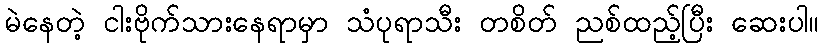
မဲနေတဲ့ ငါးဗိုက်သားနေရာမှာ သံပုရာသီး တစိတ် ညစ်ထည့်ပြီး ဆေးပါ။